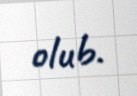
olub.